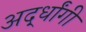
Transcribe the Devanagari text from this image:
अर्द्धांगी